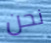
نحن